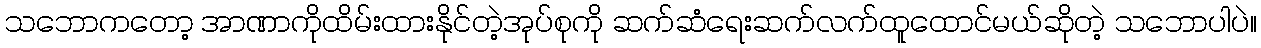
သဘောကတော့ အာဏာကိုထိမ်းထားနိုင်တဲ့အုပ်စုကို ဆက်ဆံရေးဆက်လက်ထူထောင်မယ်ဆိုတဲ့ သဘောပါပဲ။